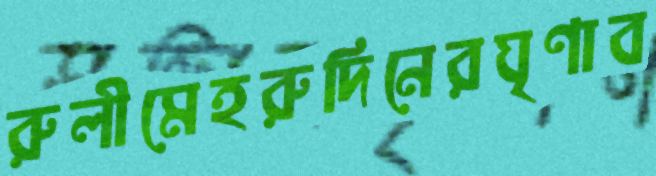
রুলীমেহরুদিনেরঘৃণাব